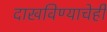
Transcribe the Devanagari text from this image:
दाखविण्याचेही